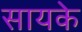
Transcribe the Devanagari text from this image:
सायके